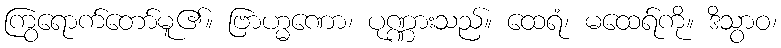
ကြွရောက်တော်မူ၏။ ဗြာဟ္မဏော၊ ပုဏ္ဏားသည်။ ထေရံ၊ မထေရ်ကို။ ဒိသွာဝ၊